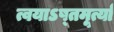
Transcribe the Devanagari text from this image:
त्वयाऽष्तमूर्त्या